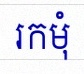
រកមុំ